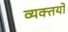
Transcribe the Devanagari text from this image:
व्यक्तयों